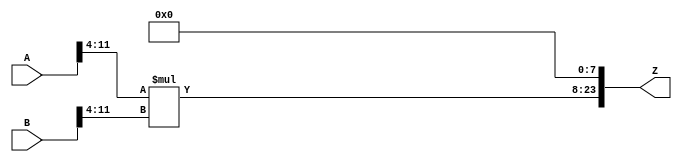
/***
* This code is a part of EvoApproxLib library (ehw.fit.vutbr.cz/approxlib) distributed under The MIT License.
* When used, please cite the following article(s): PRABAKARAN B. S., MRAZEK V., VASICEK Z., SEKANINA L., SHAFIQUE M. ApproxFPGAs: Embracing ASIC-based Approximate Arithmetic Components for FPGA-Based Systems. DAC 2020. 
***/
// MAE% = 0.18 %
// MAE = 30656 
// WCE% = 0.73 %
// WCE = 122625 
// WCRE% = 100.00 %
// EP% = 99.56 %
// MRE% = 2.69 %
// MSE = 13346.794e5 
// FPGA_POWER = 0.93
// FPGA_DELAY = 11
// FPGA_LUT = 71



module mul12u_34Y(
	A, 
	B,
	Z
);

input [12-1:0] A;
input [12-1:0] B;
output [2*12-1:0] Z;

wire [2*(12-4)-1:0] tmpZ;
assign tmpZ = A[12-1:4] * B[12-1:4];
assign Z = {tmpZ,{8{1'b0}}};
endmodule